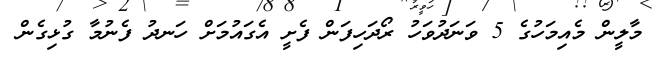
މާލީން މެއިމަހުގެ 5 ވަނަދުވަހު ރޯދަހިފަން ފެށީ އެގައުމަށް ހަނދު ފެނުމާ ގުޅިގެން